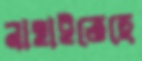
নাহাইতেছে